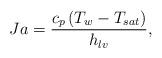
LaTeX: \begin{align*}Ja = \frac{{{c_p}\left( {{T_w} - {T_{sat}}} \right)}}{{{h_{lv}}}},\end{align*}